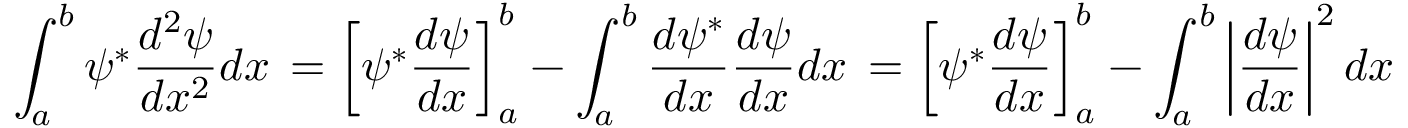
\int _ { a } ^ { b } \psi ^ { * } { \frac { d ^ { 2 } \psi } { d x ^ { 2 } } } d x \, = \left[ \psi ^ { * } { \frac { d \psi } { d x } } \right] _ { a } ^ { b } - \int _ { a } ^ { b } { \frac { d \psi ^ { * } } { d x } } { \frac { d \psi } { d x } } d x \, = \left[ \psi ^ { * } { \frac { d \psi } { d x } } \right] _ { a } ^ { b } - \int _ { a } ^ { b } \left| { \frac { d \psi } { d x } } \right| ^ { 2 } d x